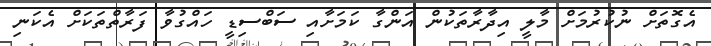
އެގޮތަށް ނުކުރުމަށް މާލީ އިދާރާތަކުން އަންގާ ކަމަށާއި ސަބްސިޑީ ހައްގުވާ ފަރާތްތަކަށް އެކަނި